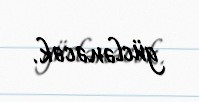
güclənəcək.